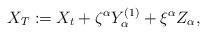
LaTeX: \begin{align*}X_{T}:=X_{t}+\zeta^{\alpha}Y^{(1)}_{\alpha}+\xi^{\alpha}Z_{\alpha},\end{align*}